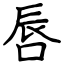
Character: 唇